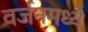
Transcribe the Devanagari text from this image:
वर्जनमध्ये